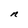
Character: n